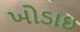
ખોડાઇ